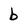
Character: b